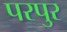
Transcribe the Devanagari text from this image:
परपुर